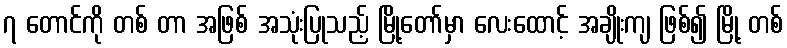
၇ တောင်ကို တစ် တာ အဖြစ် အသုံးပြုသည့် မြို့တော်မှာ လေးထောင့် အချိုးကျ ဖြစ်၍ မြို့ တစ်